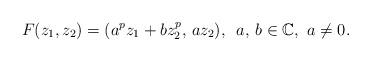
LaTeX: \begin{align*}F(z_{1},z_{2}) = (a^{p} z_{1} + b z_{2}^{p},\,a z_{2} ),\,\,\, a,\,b \in \mathbb{C},\,\,a \not = 0.\end{align*}